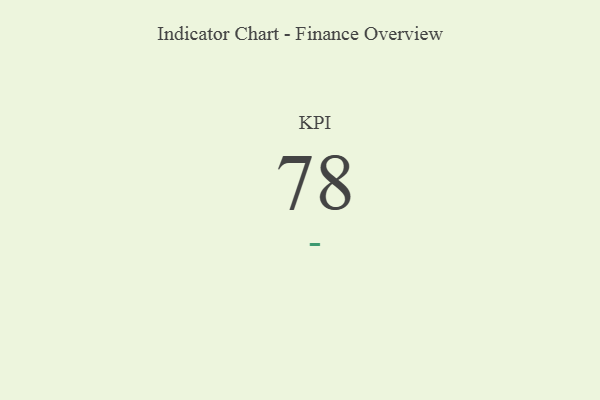
{"axis": {"x": "KPI", "y": "Value"}, "legend": [""], "data": [{"x": "KPI", "y": 78, "type": ""}]}